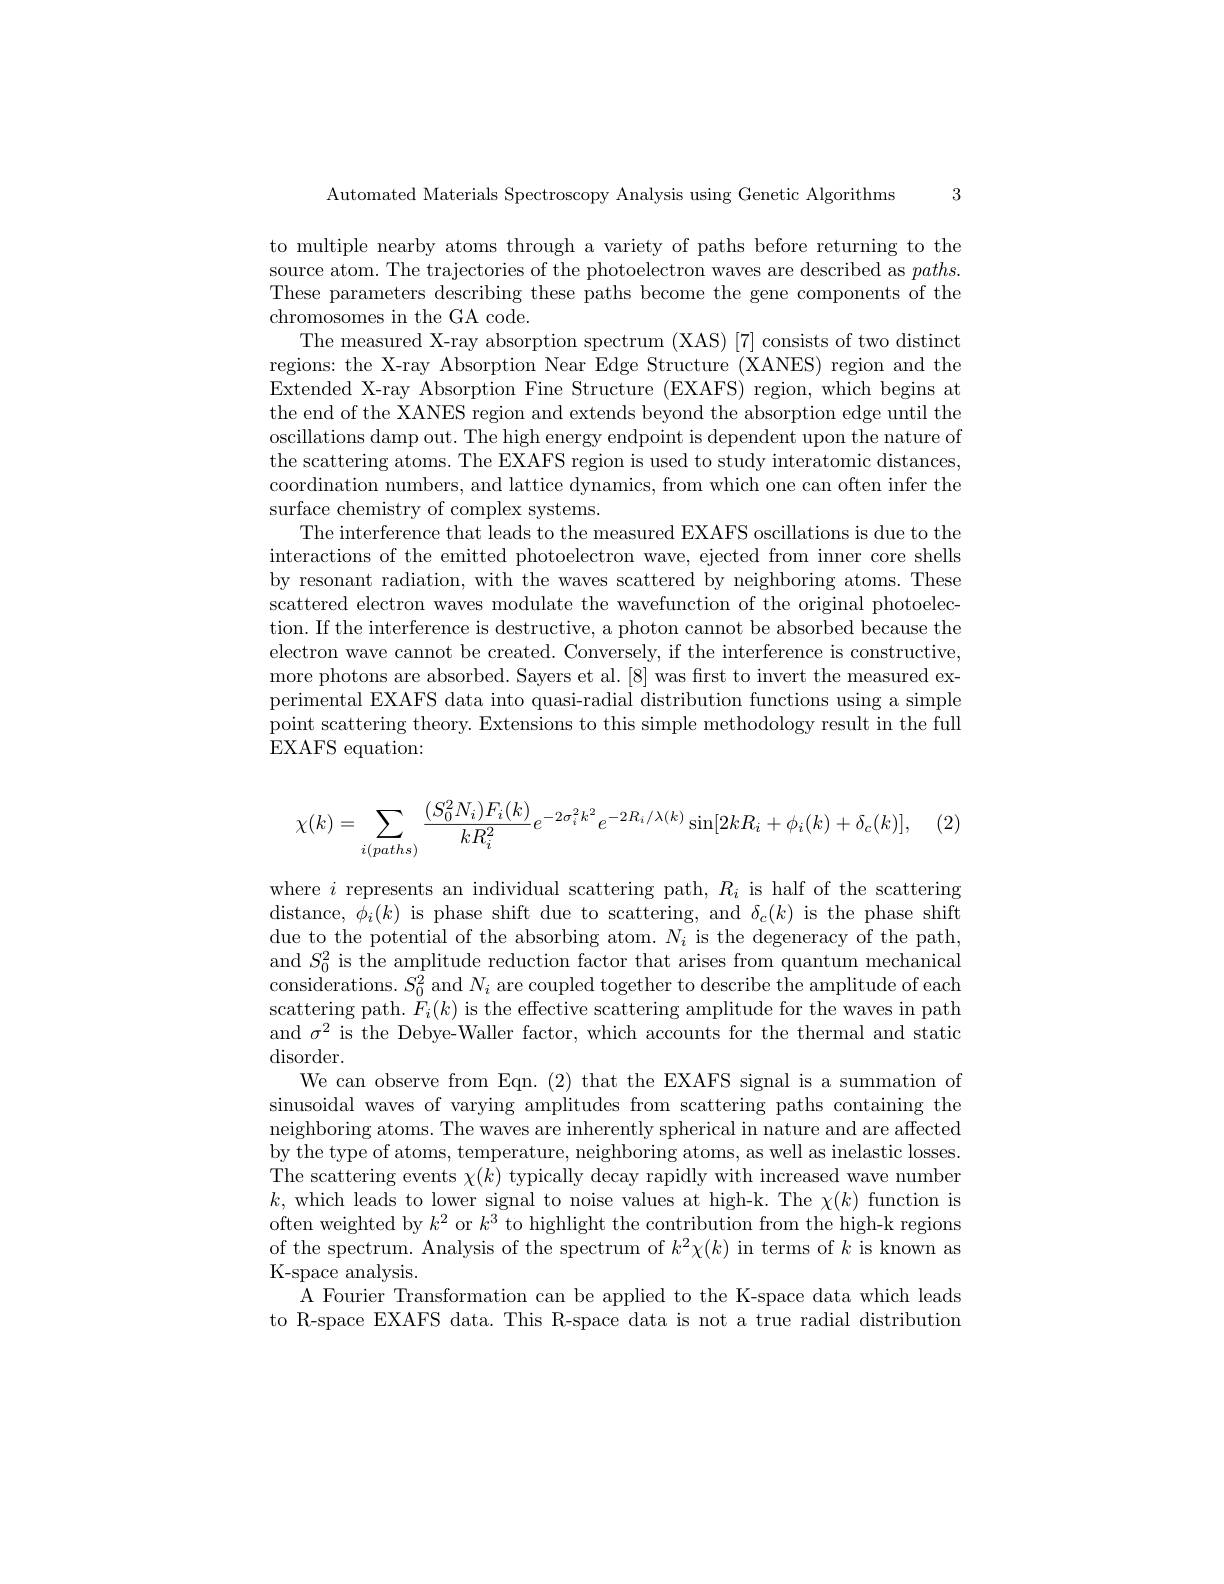
3

Automated Materials Spectroscopy Analysis using Genetic Algorithms

to multiple nearby atoms through a variety of paths before returning to the source atom. The trajectories of the photoelectron waves are described as $paths.$ These parameters describing these paths become the gene components of the chromosomes in the GA code.
The measured X-ray absorption spectrum (XAS) [7] consists of two distinct regions: the X-ray Absorption Near Edge Structure (XANES) region and the Extended X-ray Absorption Fine Structure (EXAFS) region, which begins at the end of the XANES region and extends beyond the absorption edge until the oscillations damp out. The high energy endpoint is dependent upon the nature of the scattering atoms. The EXAFS region is used to study interatomic distances, coordination numbers, and lattice dynamics, from which one can often infer the surface chemistry of complex systems.
The interference that leads to the measured EXAFS oscillations is due to the interactions of the emitted photoelectron wave, ejected from inner core shells by resonant radiation, with the waves scattered by neighboring atoms. These scattered electron waves modulate the wavefunction of the original photoelection. If the interference is destructive, a photon cannot be absorbed because the electron wave cannot be created. Conversely, if the interference is constructive, more photons are absorbed. Sayers et al. [8] was first to invert the measured experimental EXAFS data into quasi-radial distribution functions using a simple point scattering theory. Extensions to this simple methodology result in the full EXAFS equation:

(2)
$$\chi(k)=\sum\limits_{i(paths)}\frac{(S_0^2N_i)F_i(k)}{kR_i^2}e^{-2\sigma_i^2k^2}e^{-2R_i/\lambda(k)}\sin[2kR_i+\phi_i(k)+\delta_c(k)],$$
where $i$ represents an individual scattering path, $R_i$ is half of the scattering distance, $\dot{\phi_{i}}(k)$ is phase shift due to scattering, and $\delta_{c}(k)$ is the phase shift due to the potential of the absorbing atom. $N_i$ is the degeneracy of the path, and $S_0^2$ is the amplitude reduction factor that arises from quantum mechanical considerations. $S_0^2$ and $N_i$ are coupled together to describe the amplitude of each scattering path. $F_i(k)$ is the effective scattering amplitude for the waves in path and $\sigma^2$ is the Debye-Waller factor, which accounts for the thermal and static disorder.
We can observe from Eqn.(2) that the EXAFS signal is a summation of sinusoidal waves of varying amplitudes from scattering paths containing the neighboring atoms. The waves are inherently spherical in nature and are affected by the type of atoms, temperature, neighboring atoms, as well as inelastic losses. The scattering events $\chi(k)$ typically decay rapidly with increased wave number $k$,which leads to lower signal to noise values at high-k. The $\chi(k)$ function is often weighted by $k^2$ or $k^3$ to highlight the contribution from the high-k regions of the spectrum. Analysis of the spectrum of $k^2\chi(k)$ in terms of $k$ is known as K-space analysis.
A Fourier Transformation can be applied to the K-space data which leads to R-space EXAFS data. This R-space data is not a true radial distribution